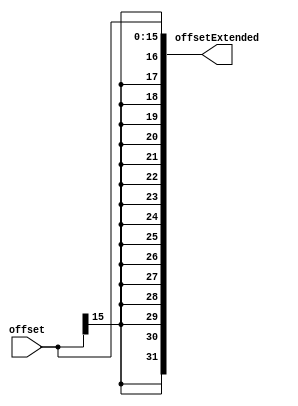
module Sign_Extend(
    input [15:0] offset,
    output reg [31:0] offsetExtended
);
 
    always @(offset) begin
        offsetExtended[31:0] <= { {16{offset[15]}}, offset[15:0] };
    end

endmodule